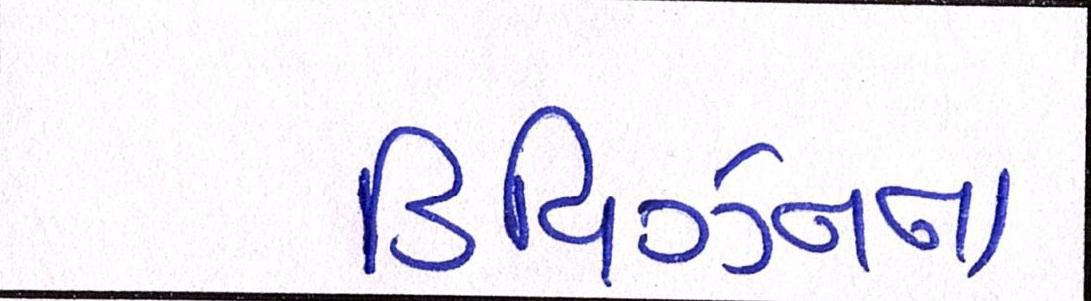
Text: ડિવિઝનના